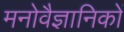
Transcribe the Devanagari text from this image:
मनाेवैज्ञानिकाें